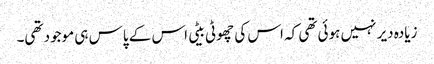
زیادہ دیر نہیں ہوئی تھی کہ اس کی چھوٹی بیٹی اس کے پاس ہی موجود تھی۔